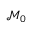
{ \mathcal { M } } _ { 0 }